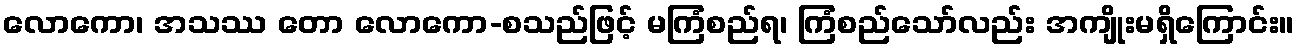
လောကော၊ အသဿ တော လောကော-စသည်ဖြင့် မကြံစည်ရ၊ ကြံစည်သော်လည်း အကျိုးမရှိကြောင်း။